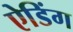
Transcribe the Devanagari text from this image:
ऐडिंग